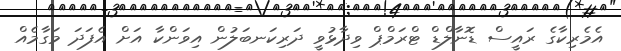
އެމެރިކާގެ ރައީސް ޑޮނާލްޑް ޓްރަމްޕް ވިދާޅުވީ ދަރިކަނބަލުން އިވަންކާ އަށް އެފަދަ މަގާމެއް